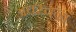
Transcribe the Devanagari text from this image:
अवरचना